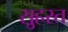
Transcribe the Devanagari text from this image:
स़ुहरत